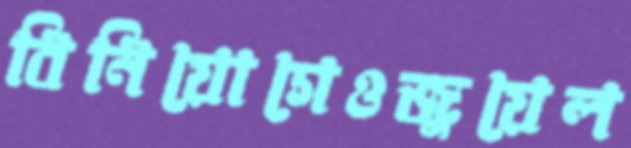
বিনিয়োগেওজুয়েল